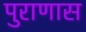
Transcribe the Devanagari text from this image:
पुराणास